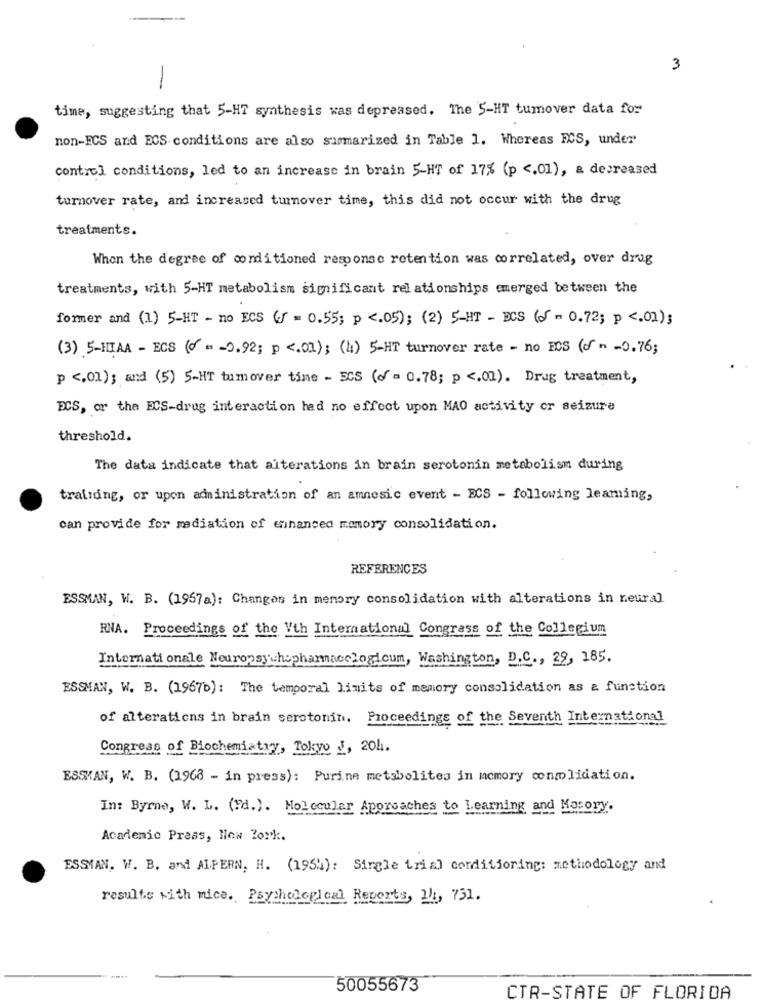
3
-
time, suggesting that 5-HT synthesis was depreased. The 5-HT tumover data for
non-ECS and ECS conditions are also summarized in Table 1. Whereas RCS, under
control conditions, led to an increase in brain 5-HT of 17% (p <. 01), & decreased
turnover rate, and increased turnover time, this did not occur with the drug
treatments.
When the degree of conditioned response retention was correlated, over drag
treatments, with 5-HT metabolism significant relationships emerged between the
former and (1) 5-HT - no ECS () = 0.55; p <. 05); (2) 5-HT - DCS (J = 0.72; p <. 01);
(3) 5-IIIAA - ECS (0 = - 0.92; p <. 01); (4) 5-HT turnover rate - no ECS (on -0.76;
p <, 01); and (5) 5-HT tumover time - ECS (of = 0.78; p <. 01). Drug treatment,
DCS, or the ECS-drug interaction had no effect upon MAO activity or seizure
threshold.
The data indicate that aiterations in brain serotonin metabolism during
training, or upon administration of an amnesic event - ECS - following leaming,
can provide for mediation of enhanced memory consolidation.
REFERENCES
ESSMAN, W. B. (1957a): Changes in memory consolidation with alterations in neural
RNA. Proceedings of the Vth International Congress of the Collegium
Internationale Neuropsychopharmacclogicum, Washington, D.C ., 29, 185.
ESSMAN, W. B. (1967b): The temporal limits of memory consolidation as a function
of alterations in brain serotonin. Proceedings of the Seventh International
Congress of Biochemistry, Tokyo J, 204.
ESSMAN, W. B. (1968 - in press): Purine metabolites in memory consolidation.
In: Byrne, W. L. (Vd.). Molecular Approaches to Learning and Motory.
Academic Press, How Zork.
ESSMAN. W. B. and AIPERN, H. (1954): Single trial conditioning: methodology and
results with mice. Psychological Reports, 21, 731.
50055673
CTR-STATE OF FLORIDA